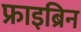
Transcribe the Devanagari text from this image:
फ्राइब्रिन